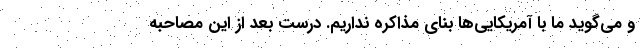
و می‌گوید ما با آمریکایی‌ها بنای مذاکره نداریم. درست بعد از این مصاحبه